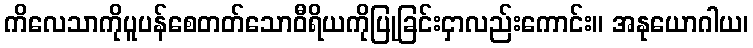
ကိလေသာကိုပူပန်စေတတ်သောဝီရိယကိုပြုခြင်းငှာလည်းကောင်း။ အနုယောဂါယ၊